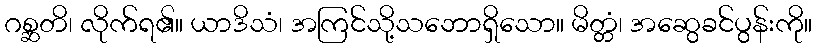
ဂစ္ဆတိ၊ လိုက်ရ၏။ ယာဒိသံ၊ အကြင်သို့သဘောရှိသော။ မိတ္တံ၊ အဆွေခင်ပွန်းကို။